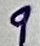
Text: 9